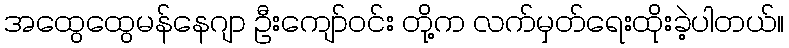
အထွေထွေမန်နေဂျာ ဦးကျော်ဝင်း တို့က လက်မှတ်ရေးထိုးခဲ့ပါတယ်။